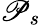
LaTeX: \mathscr{P}_{s}